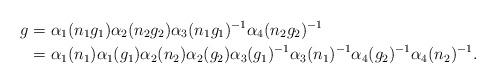
LaTeX: \begin{align*}g &= \alpha_1(n_1g_1)\alpha_2(n_2g_2)\alpha_3(n_1g_1)^{-1}\alpha_4(n_2g_2)^{-1} \\&= \alpha_1(n_1)\alpha_1(g_1)\alpha_2(n_2)\alpha_2(g_2)\alpha_3(g_1)^{-1}\alpha_3(n_1)^{-1}\alpha_4(g_2)^{-1}\alpha_4(n_2)^{-1}.\end{align*}